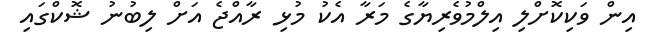
އިން ވަކިކޮށްލި އިލްމުވެރިޔާގެ މަރާ އެކު މުޅި ރާއްޖެ އަށް ލިބުނު ޝޮކްގައި